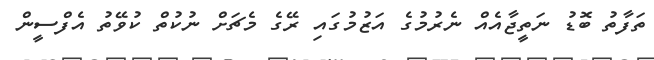
ތަފާތު ބޮޑު ނަތީޖާއެއް ނެރުމުގެ އަޒުމުގައި ރޭގެ މެޗަށް ނުކުތް ކުވޭތު އެފްސީން